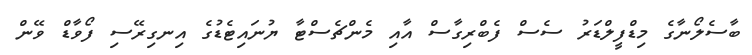
ބާސެލޯނާގެ މިޑްފީލްޑަރު ސެސް ފެބްރިގާސް އާއި މެންޗެސްޓާ ޔުނައިޓެޑުގެ އިނގިރޭސި ފޯވާޑް ވޭން